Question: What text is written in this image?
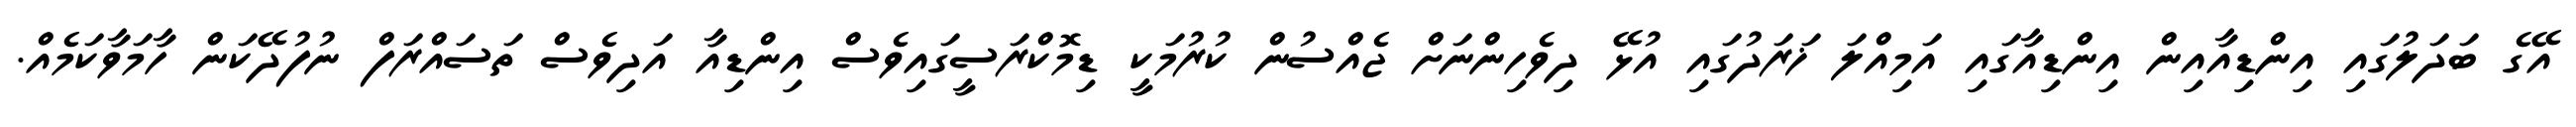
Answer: އޭގެ ބަދަލުގައި އިންޑިއާއިން އިންޑިއާގައި އަމިއްލަ ޚަރަދުގައި އުޅޭ ދިވެހިންނަށް ޖެއްސުން ކުރުމަކީ ޑިމޮކްރަސީގައިވެސް އިންޑިއާ އަދިވެސް ތަސައްރަފް ނުފުދޭކަން ހާމަވާކަމެއް.